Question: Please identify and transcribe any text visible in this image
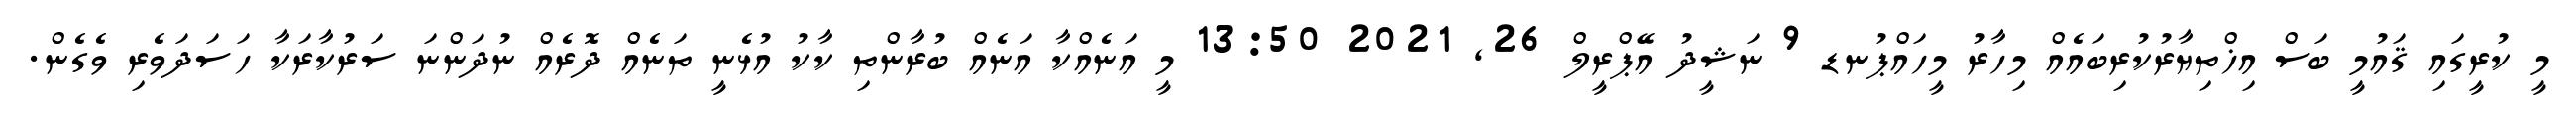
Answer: މީ ކުރީގައި ޤައުމީ ބަސް އިޚްތިޔާރުކުރިބައެއް މިހާރު މީހައްޕުނޑ 9 ނަޝީދު އޭޕްރީލް 26, 2021 13:50 މީ އަނެއްކާ އަނެއް ބުރާންތި ކާކު އުޅެނީ ތަނެއް ދޮރެއް ނުދަންނަ ސަރުކާރަކާ ހަސަދަވެރި ވެގެން.